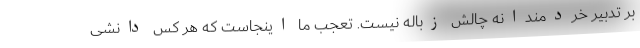
بر تدبیر خردمندانه چالش زباله نیست. تعجب ما اینجاست که هر کس دانشی